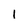
Character: 1